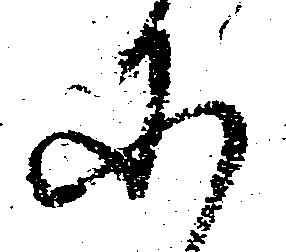
に